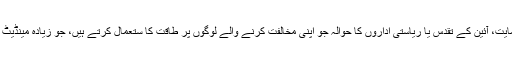
قومی ریاست کے نظریات کے لئے حمایت، آئین کے تقدس یا ریاستی اداروں کا حوالہ جو اپنی مخالفت کرنے والے لوگوں پر طاقت کا ستعمال کرتے ہیں، جو زیادہ مینڈیٹ کے ذریعے قانونی حثیت حاصل کرے۔